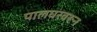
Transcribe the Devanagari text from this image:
पालघरवरून